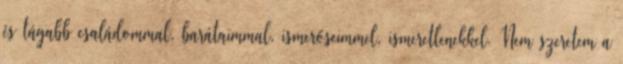
és tágabb családommal, barátaimmal, ismerőseimmel, ismeretlenekkel. Nem szeretem a